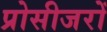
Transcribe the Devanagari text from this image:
प्रोसीजरों